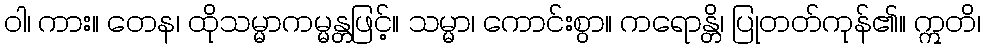
ဝါ၊ ကား။ တေန၊ ထိုသမ္မာကမ္မန္တဖြင့်။ သမ္မာ၊ ကောင်းစွာ။ ကရောန္တိ၊ ပြုတတ်ကုန်၏။ ဣတိ၊